Medical and sanitary report of the native army of Madras for the year
Year: 1875
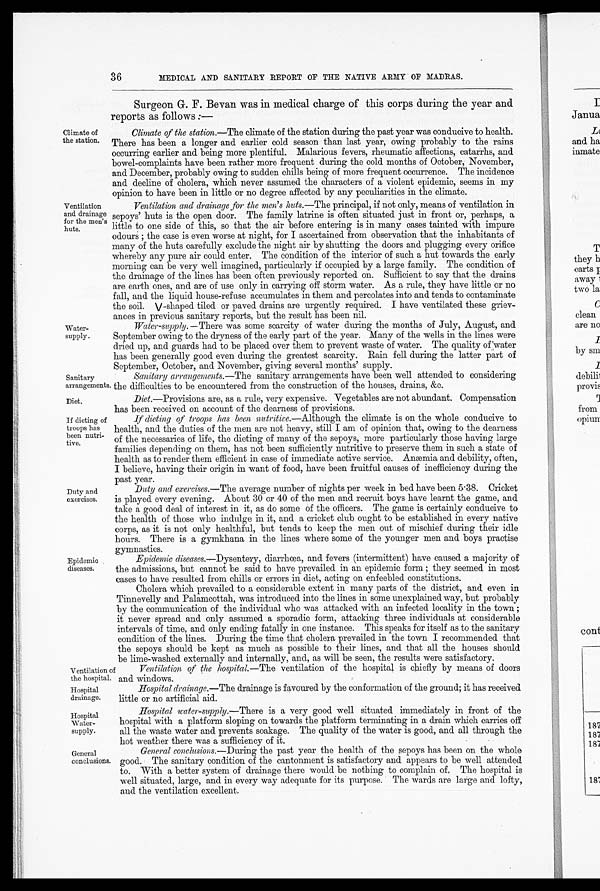
Diet .—Provisions are, as a rule, very expensive. Vegetables are not abundant. Compensation
has been received on account of the dearness of provisions.
I f d i e t i n g o f
troops has
been nutri
- t i v e .
Diet.
If dieting of troops has been nutritive .— Although the climate is on the whole conducive to
health, and the duties of the men are not heavy, still I am of opinion that, owing to the dearness
of the necessaries of life, the dieting of many of the sepoys, more particularly those having large
families depending on them, has not been sufficiently nutritive to preserve them in such a state of
health as to render them efficient in case of immediate active service. Anæmia and debility, often,
I believe, having their origin in want of food, have been fruitful causes of inefficiency during the
past year.
Duty and exercises.— The average number of nights per week in bed have been 5.38. Cricket
is played every evening. About 30 or 40 of the men and recruit boys have learnt the game, and
take a good deal of interest in it, as do some of the officers. The game is certainly conducive to
the health of those who indulge in it, and a cricket club ought to be established in every native
corps, as it is not only healthful, but tends to keep the men out of mischief during their idle
hours. There is a gymkhana in the lines where some of the younger men and boys practise
gymnastics.
Duty and
exercises.
36
MEDICAL AND SANITARY REPORT OF THE NATIVE ARMY OF MADRAS.
Climate of
the station.
Ventilation
and drainage
for the men's
huts.
Water-
supply.
Sanitary
arrangements
Surgeon G. F. Bevan was in medical charge of this corps during the year and
reports as follows :—
Climate of the station.—The climate of the station during the past year was conducive to health.
There has been a longer and earlier cold season than last year, owing probably to the rains
occurring earlier and being more plentiful. Malarious fevers, rheumatic affections, catarrhs, and
bowel-complaints have been rather more frequent during the cold months of October, November,
and December, probably owing to sudden chills being of more frequent occurrence. The incidence
and decline of cholera, which never assumed the characters of a violent epidemic, seems in my
opinion to have been in little or no degree affected by any peculiarities in the climate.
Ventilation and drainage for the men's huts.— The principal, if not only, means of ventilation in
sepoys' huts is the open door. The family latrine is often situated just in front or, perhaps, a
little to one side of this, so that the air before entering is in many cases tainted with impure
odours; the case is even worse at night, for I ascertained from observation that the inhabitants of
many of the huts carefully exclude the night air by shutting the doors and plugging every orifice
whereby any pure air could enter. The condition of the interior of such a hut towards the early
morning can be very well imagined, particularly if occupied by a large family. The condition of
the drainage of the lines has been often previously reported on. Sufficient to say that the drains
are earth ones, and are of use only in carrying off storm water. As a rule, they have little or no
fall, and the liquid house-refuse accumulates in them and percolates into and tends to contaminate
the soil. V- shaped tiled or paved drains are urgently required. I have ventilated these griev
-ances in previous sanitary reports, but the result has been nil.
Water-supply.— There was some scarcity of water during the months of July, August, and
September owing to the dryness of the early part of the year. Many of the wells in the lines were
dried up, and guards had to be placed over them to prevent waste of water. The quality of water
has been generally good even during the greatest scarcity. Rain fell during the latter part of
September, October, and November, giving several months' supply.
Sanitary arrangements.— The sanitary arrangements have been well attended to considering
the difficulties to be encountered from the construction of the houses, drains, &c.
Epidemic
diseases.
Ventilation of
the hospital.
Epidemic diseases.— Dysentery, diarrhœa, and fevers (intermittent) have caused a majority of
the admissions, but cannot be said to have prevailed in an epidemic form ; they seemed in most
cases to have resulted from chills or errors in diet, acting on enfeebled constitutions.
Cholera which prevailed to a considerable extent in many parts of the district, and even in
Tinnevelly and Palamcottah, was introduced into the lines in some unexplained way, but probably
by the communication of the individual who was attacked with an infected locality in the town;
it never spread and only assumed a sporadic form, attacking three individuals at considerable
intervals of time, and only ending fatally in one instance. This speaks for itself as to the sanitary
condition of the lines. During the time that cholera prevailed in the town I recommended that
the sepoys should be kept as much as possible to their lines, and that all the houses should
be lime-washed externally and internally, and, as will be seen, the results were satisfactory.
Ventilation of the hospital.— The Ventilation of the hospital is chiefly by means of doors
and windows.
Hospital
drainage.
Hospital
Water-
supply.
General
conclusions.
Hospital drainage.—The drainage is favoured by the conformation of the ground; it has received
little or no artificial aid.
Hospital water-supply.— There is a very good well situated immediately in front of the
hospital with a platform sloping on towards the platform terminating in a drain which carries off
all the waste water and prevents soakage. The quality of the water is good, and all through the
hot weather there was a sufficiency of it.
General conclusions.—During the past year the health of the sepoys has been on the whole
good. The sanitary condition of the cantonment is satisfactory and appears to be well attended
to. With a better system of drainage there would be nothing to complain of. The hospital is
well situated, large, and in every way adequate for its purpose. The wards are large and lofty,.
and the ventilation excellent.